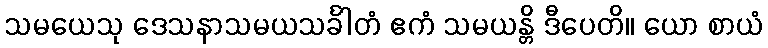
သမယေသု ဒေသနာသမယသင်္ခါတံ ဧကံ သမယန္တိ ဒီပေတိ။ ယော စာယံ